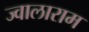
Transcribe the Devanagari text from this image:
ज्वालाराम